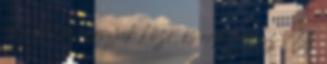
ami elől az árnyak közé, és egészen az Új